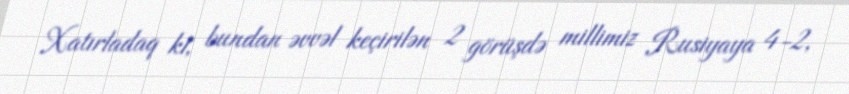
Xatırladaq ki, bundan əvvəl keçirilən 2 görüşdə millimiz Rusiyaya 4-2,